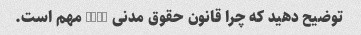
توضیح دهید که چرا قانون حقوق مدنی 1964 مهم است.